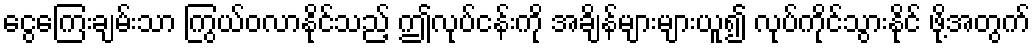
ငွေကြေးချမ်းသာ ကြွယ်ဝလာနိုင်သည့် ဤလုပ်ငန်းကို အချိန်များများယူ၍ လုပ်ကိုင်သွားနိုင် ဖို့အတွက်